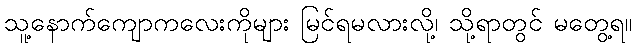
သူ့နောက်ကျောကလေးကိုများ မြင်ရမလားလို့၊ သို့ရာတွင် မတွေ့ရ။